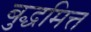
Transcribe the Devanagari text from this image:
बुद्धमित्त